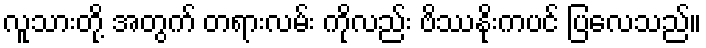
လူသားတို့ အတွက် တရားလမ်း ကိုလည်း ဗိဿနိုးကပင် ပြလေသည်။